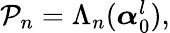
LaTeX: \begin{array}{r}{\mathcal{P}_{n}=\Lambda_{n}(\boldsymbol{\alpha}_{0}^{l}),}\end{array}